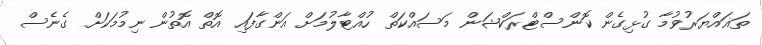
ތަޣައްޔަރުވުމާ ގުޅިގެން ކޮންސްޓްރަކްޝަން މަސައްކަތް ހުއްޓާލުމަށް އަންގާފައި އޮތް އޮތުން ނިމުމަކަށް ގެނެސް